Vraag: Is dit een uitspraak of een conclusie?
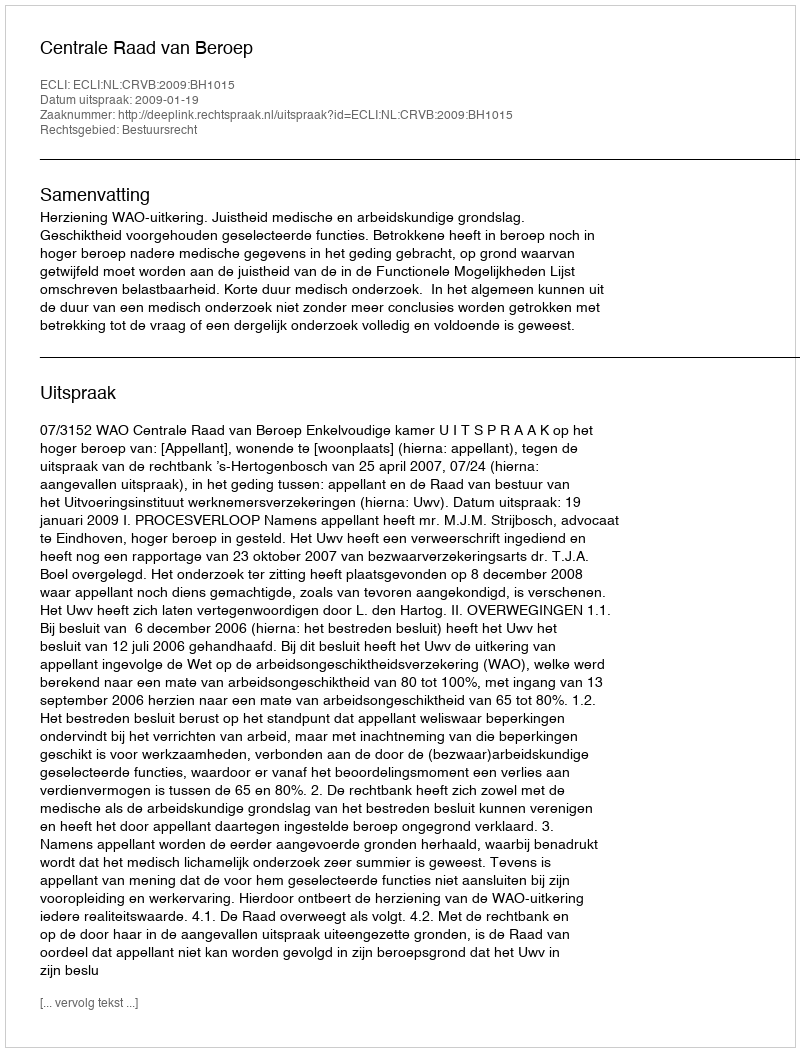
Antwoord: Uitspraak